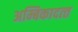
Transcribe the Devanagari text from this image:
अम्बिकादत्‍त